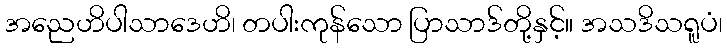
အညေဟိပါသာဒေဟိ၊ တပါးကုန်သော ပြာသာဒ်တို့နှင့်။ အသဒိသရူပံ၊